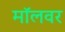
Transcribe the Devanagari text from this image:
मॉलवर